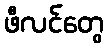
ဖီလင်တွေ